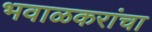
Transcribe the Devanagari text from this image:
भवाळकरांचा